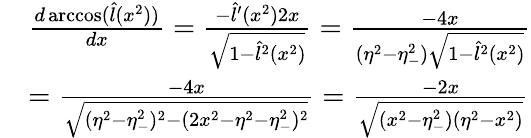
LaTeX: \begin{array}{rl}&{\frac{d\operatorname{arccos}(\hat{l}(x^{2}))}{dx}=\frac{-\hat{l}^{\prime}(x^{2})2x}{\sqrt{1-\hat{l}^{2}(x^{2})}}=\frac{-4x}{(\eta^{2}-\eta_{-}^{2})\sqrt{1-\hat{l}^{2}(x^{2})}}}\\ &{=\frac{-4x}{\sqrt{(\eta^{2}-\eta_{-}^{2})^{2}-(2x^{2}-\eta^{2}-\eta_{-}^{2})^{2}}}=\frac{-2x}{\sqrt{(x^{2}-\eta_{-}^{2})(\eta^{2}-x^{2})}}}\end{array}